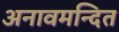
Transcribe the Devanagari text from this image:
अनावमन्दित